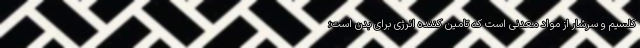
کلسیم و سرشار از مواد معدنی است که تامین کننده انرژی برای بدن است؛